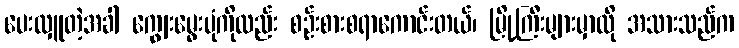
ပေးလှူတဲ့အခါ ကျွေးမွေးပုံကိုလည်း စဉ်းစားစရာကောင်းတယ်၊ မြို့ကြီးများမှာလို အသားသည်က